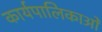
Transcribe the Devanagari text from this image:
कार्यपालिकाओं